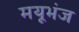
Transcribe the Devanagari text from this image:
मयूभंज